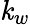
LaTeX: \mathit{k}_{w}